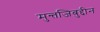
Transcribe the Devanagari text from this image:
मुन्तजिबुद्दीन